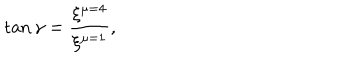
\tan \gamma = \frac { \xi ^ { \mu = 4 } } { \xi ^ { \mu = 1 } } ,